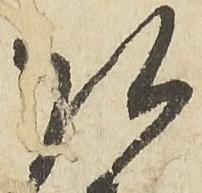
弘